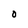
Character: O